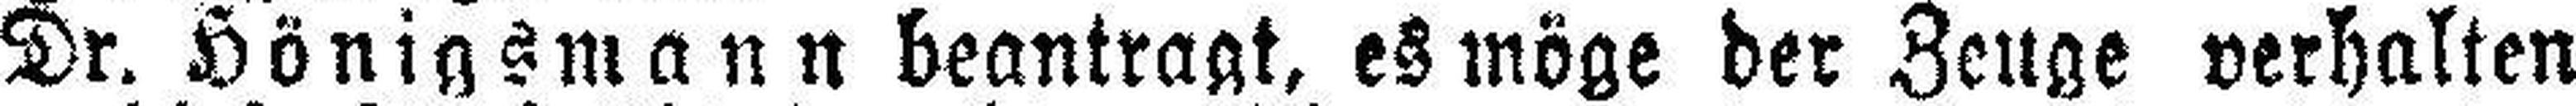
Dr. Hönigsmann beantragt, es möge der Zeuge verhalten